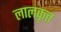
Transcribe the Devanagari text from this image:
लालकृत